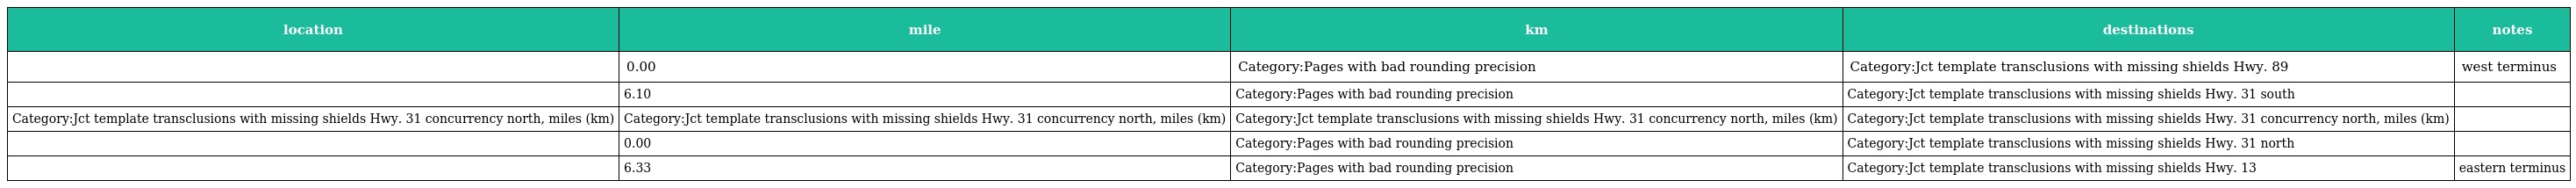
| location | mile | km | destinations | notes |
 | --- | --- | --- | --- | --- |
 |  | 0.00 | Category:Pages with bad rounding precision | Category:Jct template transclusions with missing shields Hwy. 89 | west terminus |
 |  | 6.10 | Category:Pages with bad rounding precision | Category:Jct template transclusions with missing shields Hwy. 31 south |  |
 | Category:Jct template transclusions with missing shields Hwy. 31 concurrency north, miles (km) | Category:Jct template transclusions with missing shields Hwy. 31 concurrency north, miles (km) | Category:Jct template transclusions with missing shields Hwy. 31 concurrency north, miles (km) | Category:Jct template transclusions with missing shields Hwy. 31 concurrency north, miles (km) |  |
 |  | 0.00 | Category:Pages with bad rounding precision | Category:Jct template transclusions with missing shields Hwy. 31 north |  |
 |  | 6.33 | Category:Pages with bad rounding precision | Category:Jct template transclusions with missing shields Hwy. 13 | eastern terminus |